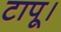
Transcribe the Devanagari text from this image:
टापू।